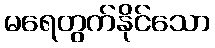
မရေတွက်နိုင်သော